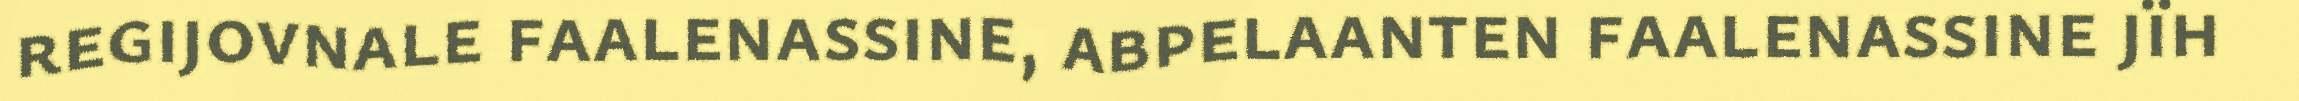
regijovnale faalenassine, abpelaanten faalenassine jïh